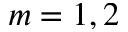
m = 1 , 2